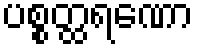
ပစ္စတ္ထရဏော